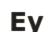
Еу